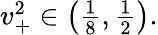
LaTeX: \begin{array}{r}{v_{+}^{2}\in\left(\frac{1}{8},\frac{1}{2}\right).}\end{array}